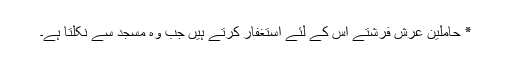
٭ حاملینِ عرش فرشتے اس کے لئے استغفار کرتے ہیں جب وہ مسجد سے نکلتا ہے۔